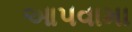
આ૫વામા